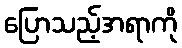
ပြောသည့်အရာကို